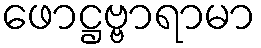
ဖောဋ္ဌဗ္ဗာရာမာ